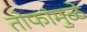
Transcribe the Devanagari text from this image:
तोफांमुळे